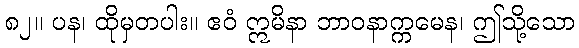
၈၂။ ပန၊ ထိုမှတပါး။ ဧဝံ ဣမိနာ ဘာဝနာက္ကမေန၊ ဤသို့သော